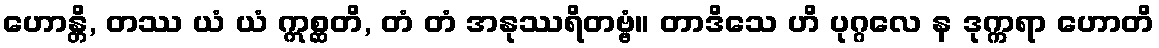
ဟောန္တိ, တဿ ယံ ယံ ဣစ္ဆတိ, တံ တံ အနုဿရိတဗ္ဗံ။ တာဒိသေ ဟိ ပုဂ္ဂလေ န ဒုက္ကရာ ဟောတိ